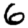
Digit: 6